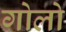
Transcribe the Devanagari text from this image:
गोलो